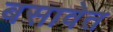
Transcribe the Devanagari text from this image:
बसावेत